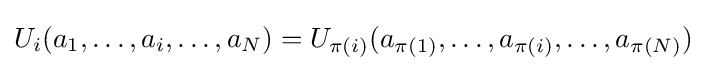
U_{i}(a_{1},\ldots ,a_{i},\ldots ,a_{N})=U_{\pi (i)}(a_{\pi (1)},\ldots ,a_{\pi (i)},\ldots ,a_{\pi (N)})